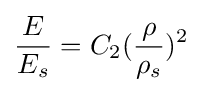
{\frac {E}{E_{s}}}=C_{2}({\frac {\rho }{\rho _{s}}})^{2}